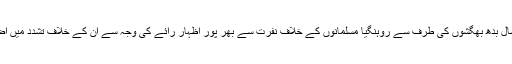
گذشتہ سال بدھ بھگشوں کی طرف سے روہنگیا مسلمانوں کے خلاف نفرت سے بھر پور اظہار رائے کی وجہ سے ان کے خلاف تشدد میں اضافہ ہوا۔